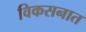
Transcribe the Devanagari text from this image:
विकसनात